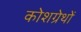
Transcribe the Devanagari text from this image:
कोशग्रेथों